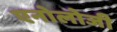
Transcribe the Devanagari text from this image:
एनोलोजी